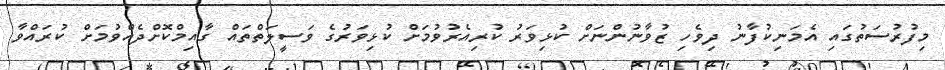
މިފުރުސަތުގައި އެމަނިކުފާނު ދިވެހި ޒުވާނުންނަށް ކުޅިވަރު ކުރިއެރުވުމަށް ކުޅިވަރުގެ ވަސީލަތްތައް ގާއިމްކޮށްދެއްވުމަށް ކުރައްވާ